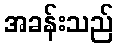
အခန်းသည်